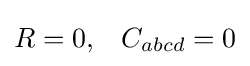
R=0,\;\;\;C_{abcd}=0